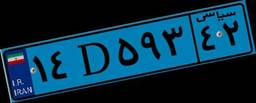
۱۴D۵۹۳۴۲